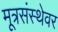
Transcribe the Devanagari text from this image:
मूत्रसंस्थेवर